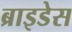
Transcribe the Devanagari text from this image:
ब्राइडेस